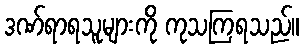
ဒဏ်ရာရသူများကို ကုသကြရသည်။